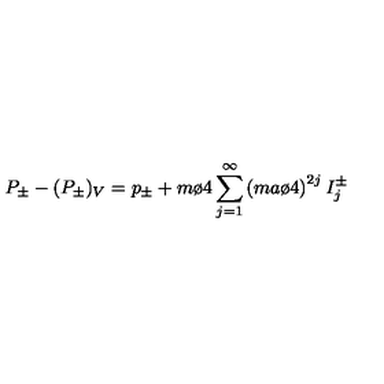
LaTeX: P _ { \pm } - ( P _ { \pm } ) _ { V } = p _ { \pm } + { m \o 4 } \sum _ { j = 1 } ^ { \infty } \left( { { m a } \o 4 } \right) ^ { 2 j } I _ { j } ^ { \pm }